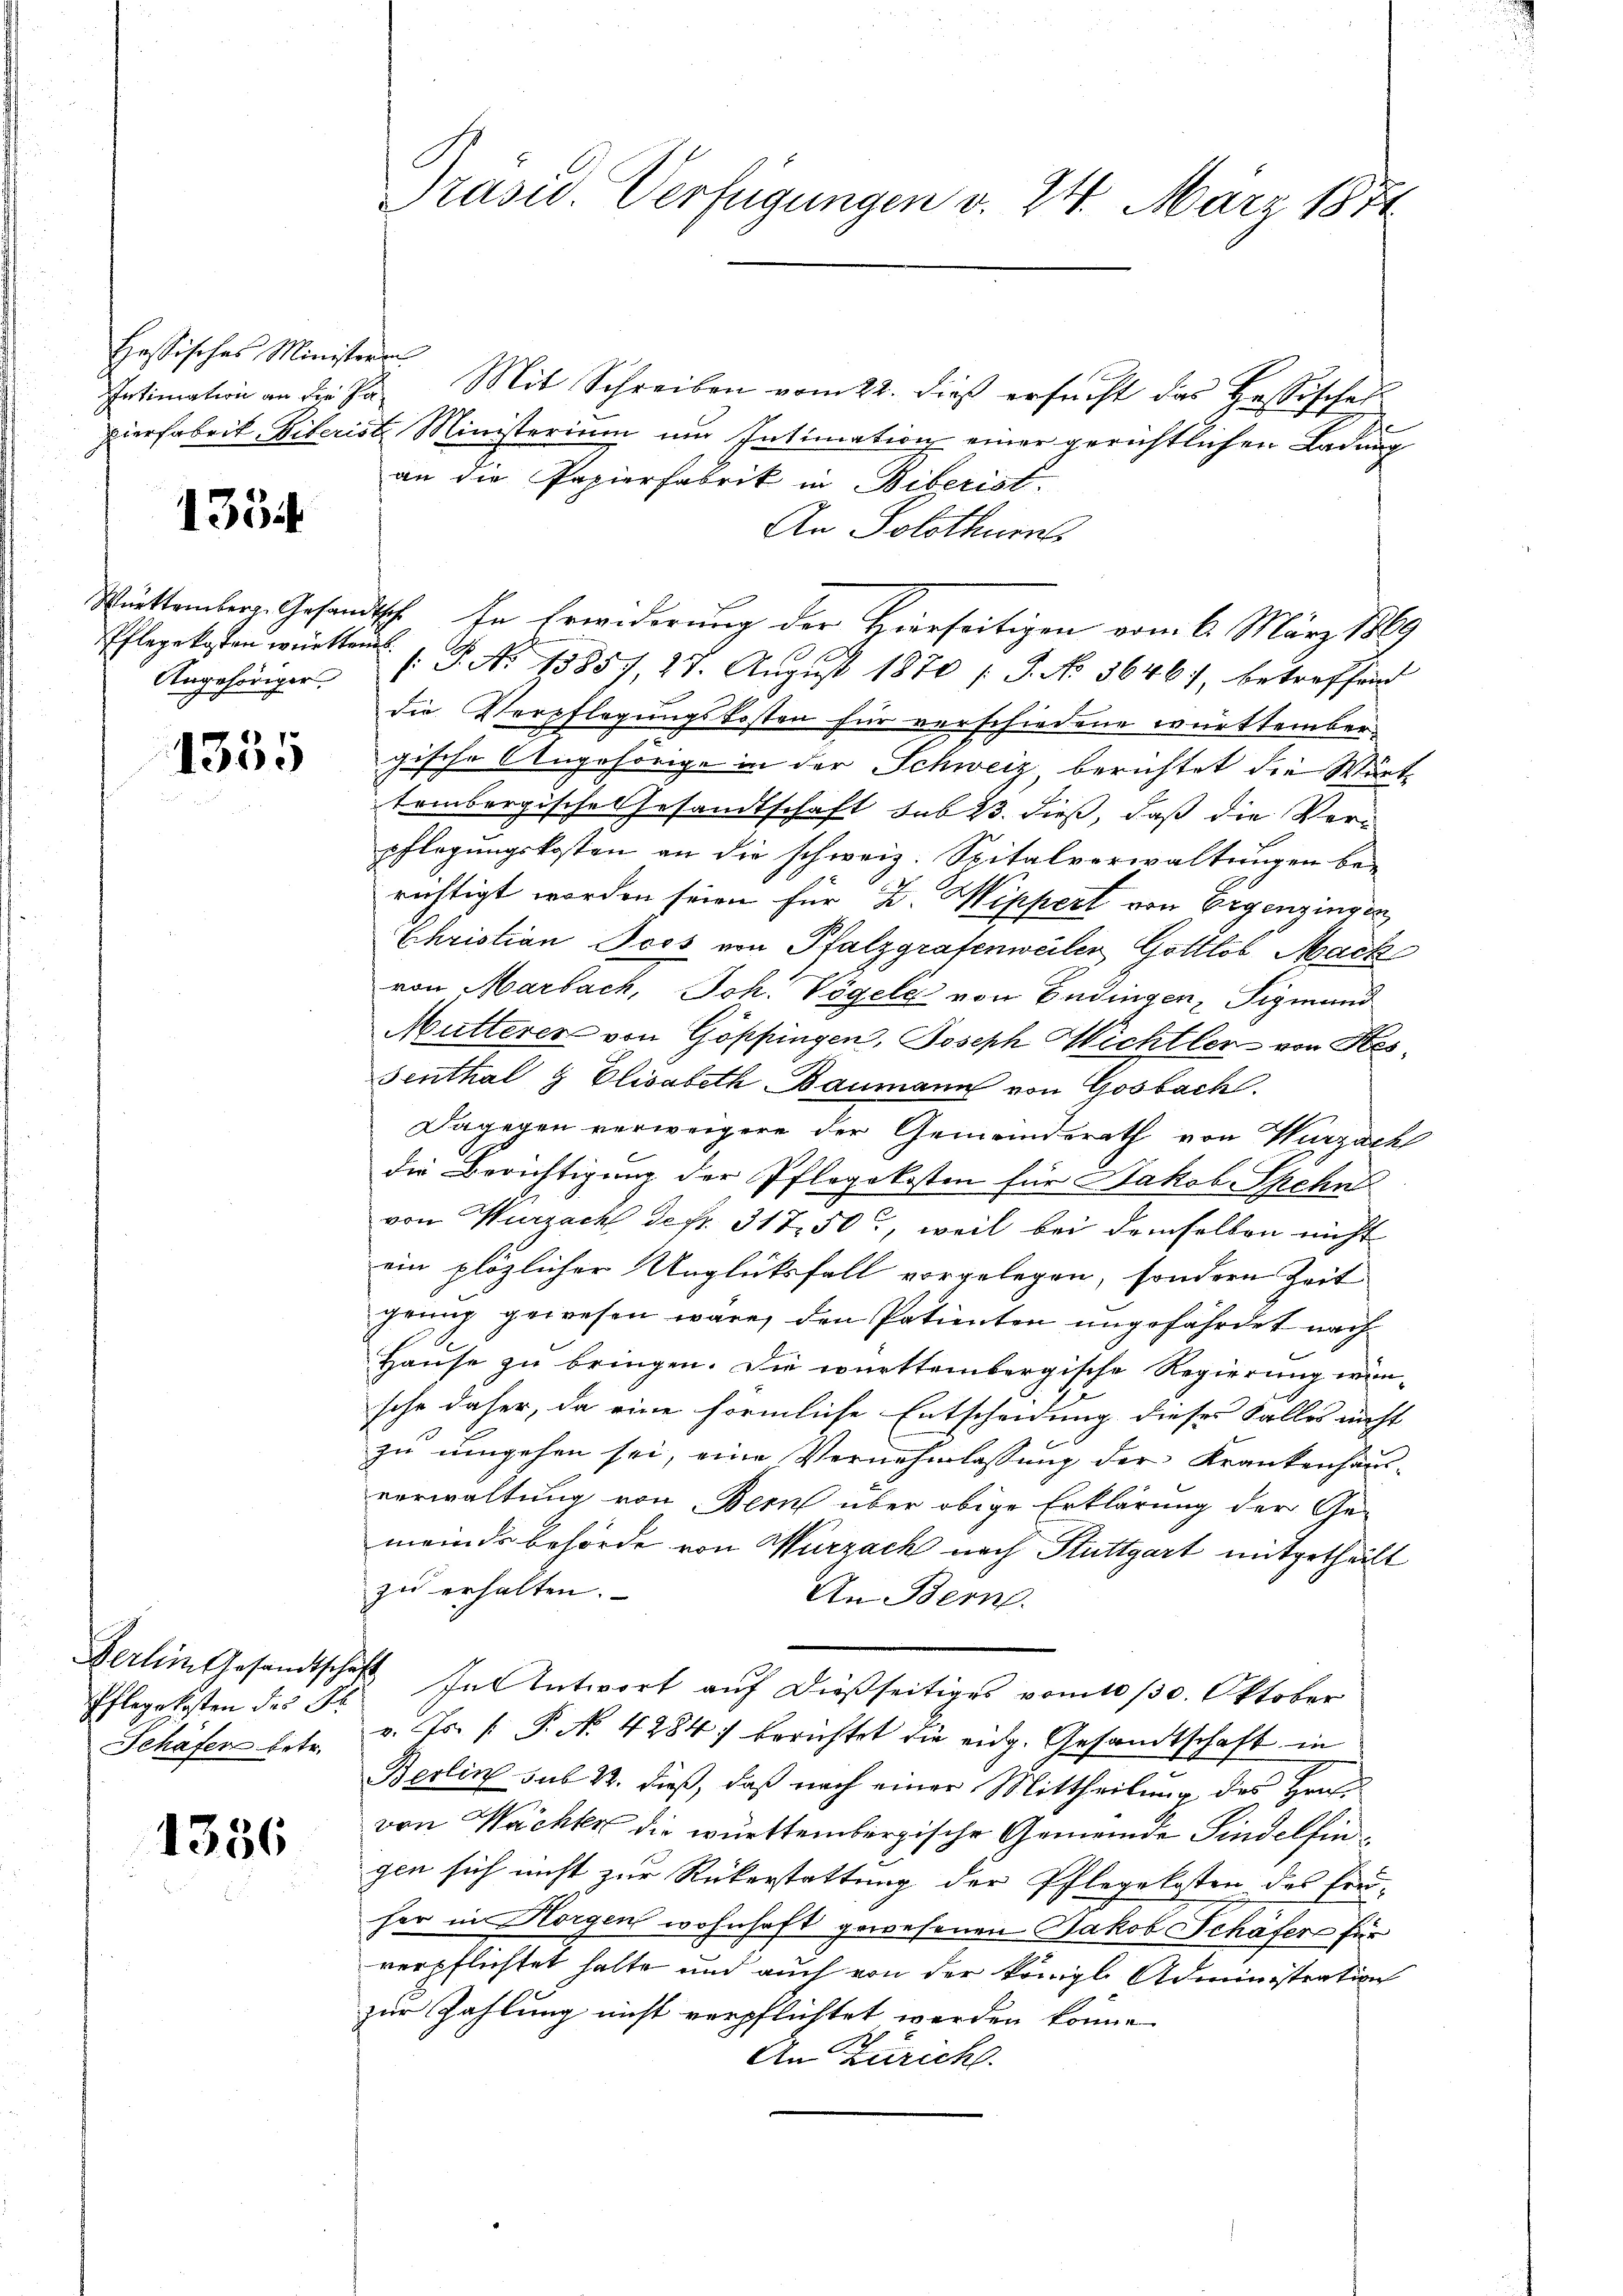
Hessisches Ministere

1334

Angehöriger

1355

Pflegekosten des P
Schäfer betr.

1356

Präsid.. Verfügungen v. 24. März 1874

Intimation an die Ja. Mit Schreiben vom 22. dieß ersŭcht das Hessisches
pierfabrik Biberiste Ministerium um Intimation einer gerichtlichen Ladung
an die Papierfabrik in Biberist.
An Solothurn
Württemberg. Gesandtsch. In Erwiderung der Hierseitigen vom 6. März 1869
Pflegekosten wirkten S. No 13857, 27. Aŭgŭst 1870 / 5. No 3646), betreffend
die Verpflegungskosten für verschiedene württembergische Angehörige in der Schweiz berichtet die Würt
tembergisches Gesandtschaft sub 23. dieß, daß die Verpflegungskosten an die schweiz. Spitalverwaltungen berichtigt worden seien für 2. Wippert von Ergenzingen
Christian Jcos von Pfalzgrafenweilen Gottlob Mach
von Marbach, Joh. Vögel von Endingen Sigmund
Mutterer von Göppingen, Joseph Wichtler von Hes¬
Fenthal & Elisabeth Baumann von Gosbach
Dagegen verweigere der Gemeinderath von Wurzach
die Berichtigung der Pflegekosten für Hakob Schn
von Wurzach defr. 317. 50, weil bei demselben nicht
ein plözlicher Unglücksfall vorgelegen, sondern Zeit
grung gewesen wäre, den Patienten ungefährdet nach
Hause zu bringen. Die württembergische Regierung wünsche daher, da eine förmliche Entscheidung dieses Falles nicht
zu umgehen sei, eine Vernehmlassung der Krankenhaus-
verwaltung von Bern über obige Erklärung der Ge-
meindsbehörde von Wurzach nach Stuttgart mitgetheilt
zu erhalten.
An Bern.
Derlin Gesandtschaft In Antwort aŭf dießseitiges vom 10/30. Oktober
v. Js. [ P. N. 4284. berichtet die eidg. Gesandtschaft in
Berlin sub 22. dieß, daß nach einer Mittheilung des Hrn
von Wächte die württembergische Gemeinde Findelfingen sich nicht zur Rükerstattung der Pflegekosten des Pred-
her in Horgen wohnhaft gewesenen Jakob Schafer für
verpflichtet hatte und auch von der königl. Administration
zur Zahlung nicht verpflichtet werden könne.
An Zürich.